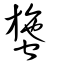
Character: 䗐